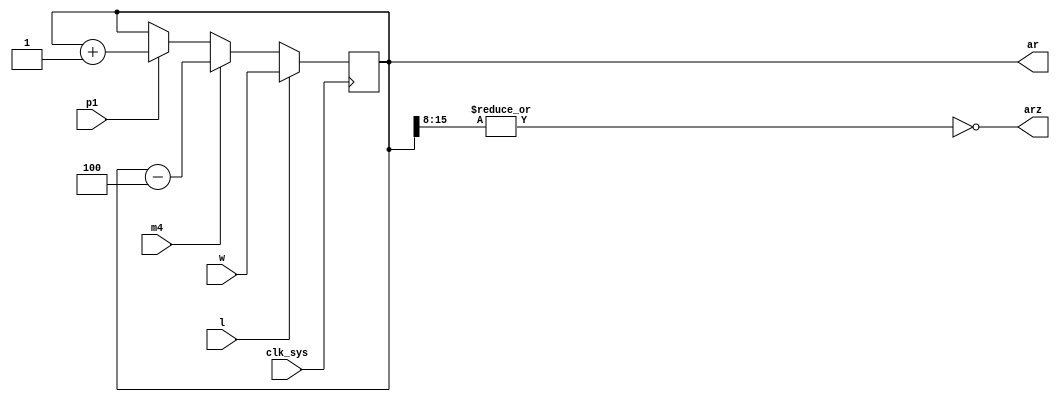
// Address register (AR)

module ar(
	input clk_sys,
	input p1,
	input m4,
	input l,
	input [0:15] w,
	output arz,
	output reg [0:15] ar
);

	always @ (posedge clk_sys) begin
		if (l) ar <= w;
		else begin
			if (m4) ar <= ar - 3'd4;
			else if (p1) ar <= ar + 1'b1;
		end
	end

	assign arz = ~|ar[0:7];

endmodule

// vim: tabstop=2 shiftwidth=2 autoindent noexpandtab